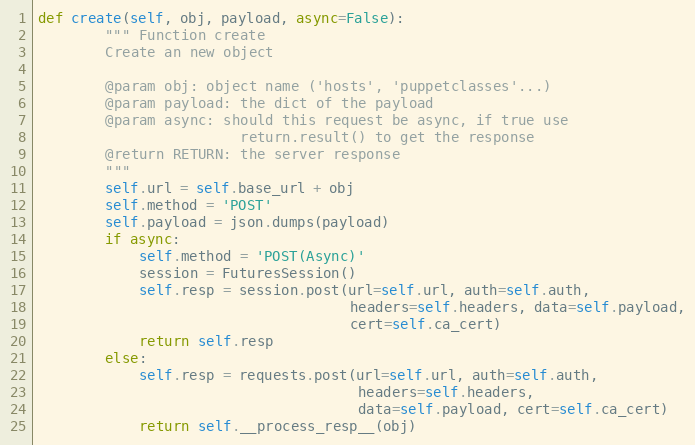
Language: Python
def create(self, obj, payload, async=False):
        """ Function create
        Create an new object

        @param obj: object name ('hosts', 'puppetclasses'...)
        @param payload: the dict of the payload
        @param async: should this request be async, if true use
                        return.result() to get the response
        @return RETURN: the server response
        """
        self.url = self.base_url + obj
        self.method = 'POST'
        self.payload = json.dumps(payload)
        if async:
            self.method = 'POST(Async)'
            session = FuturesSession()
            self.resp = session.post(url=self.url, auth=self.auth,
                                     headers=self.headers, data=self.payload,
                                     cert=self.ca_cert)
            return self.resp
        else:
            self.resp = requests.post(url=self.url, auth=self.auth,
                                      headers=self.headers,
                                      data=self.payload, cert=self.ca_cert)
            return self.__process_resp__(obj)